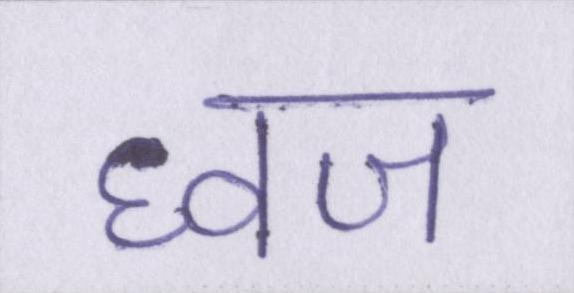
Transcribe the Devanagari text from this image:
ध्वज